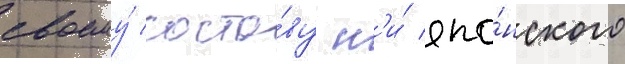
своему́ соста́ву н'и́ япо́нского